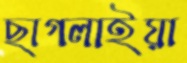
ছাগলাইয়া